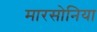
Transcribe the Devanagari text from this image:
मारसोनिया